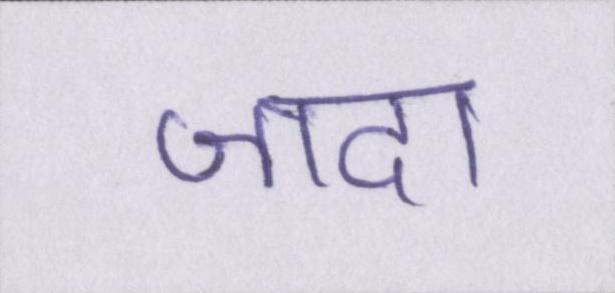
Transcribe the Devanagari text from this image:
जादा